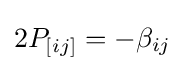
2P_{[ij]}=-\beta _{ij}